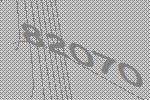
82070